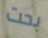
بحت